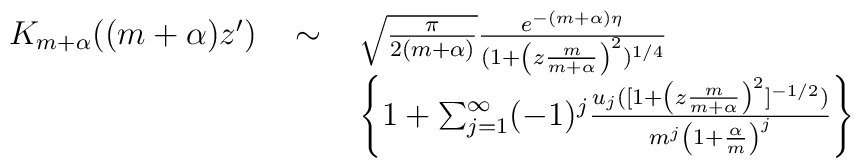
\begin{array}{lcl}K_{m+\alpha}((m+\alpha)z')\ & \sim\ & \sqrt{\frac{\pi}{2(m+\alpha)}}\frac{e^{-(m+\alpha)\eta}}{(1+\left(z\frac{m}{m+\alpha} \right)^2)^{1/4}}\\                            &       & \left\{ 1+\sum_{j=1}^{\infty}(-1)^j \frac{ u_j([1+\left(z\frac{m}{m+\alpha} \right) ^2]^{-1/2})}{m^j \left(1+\frac{\alpha}{m}\right)^j}\right\}\end{array}